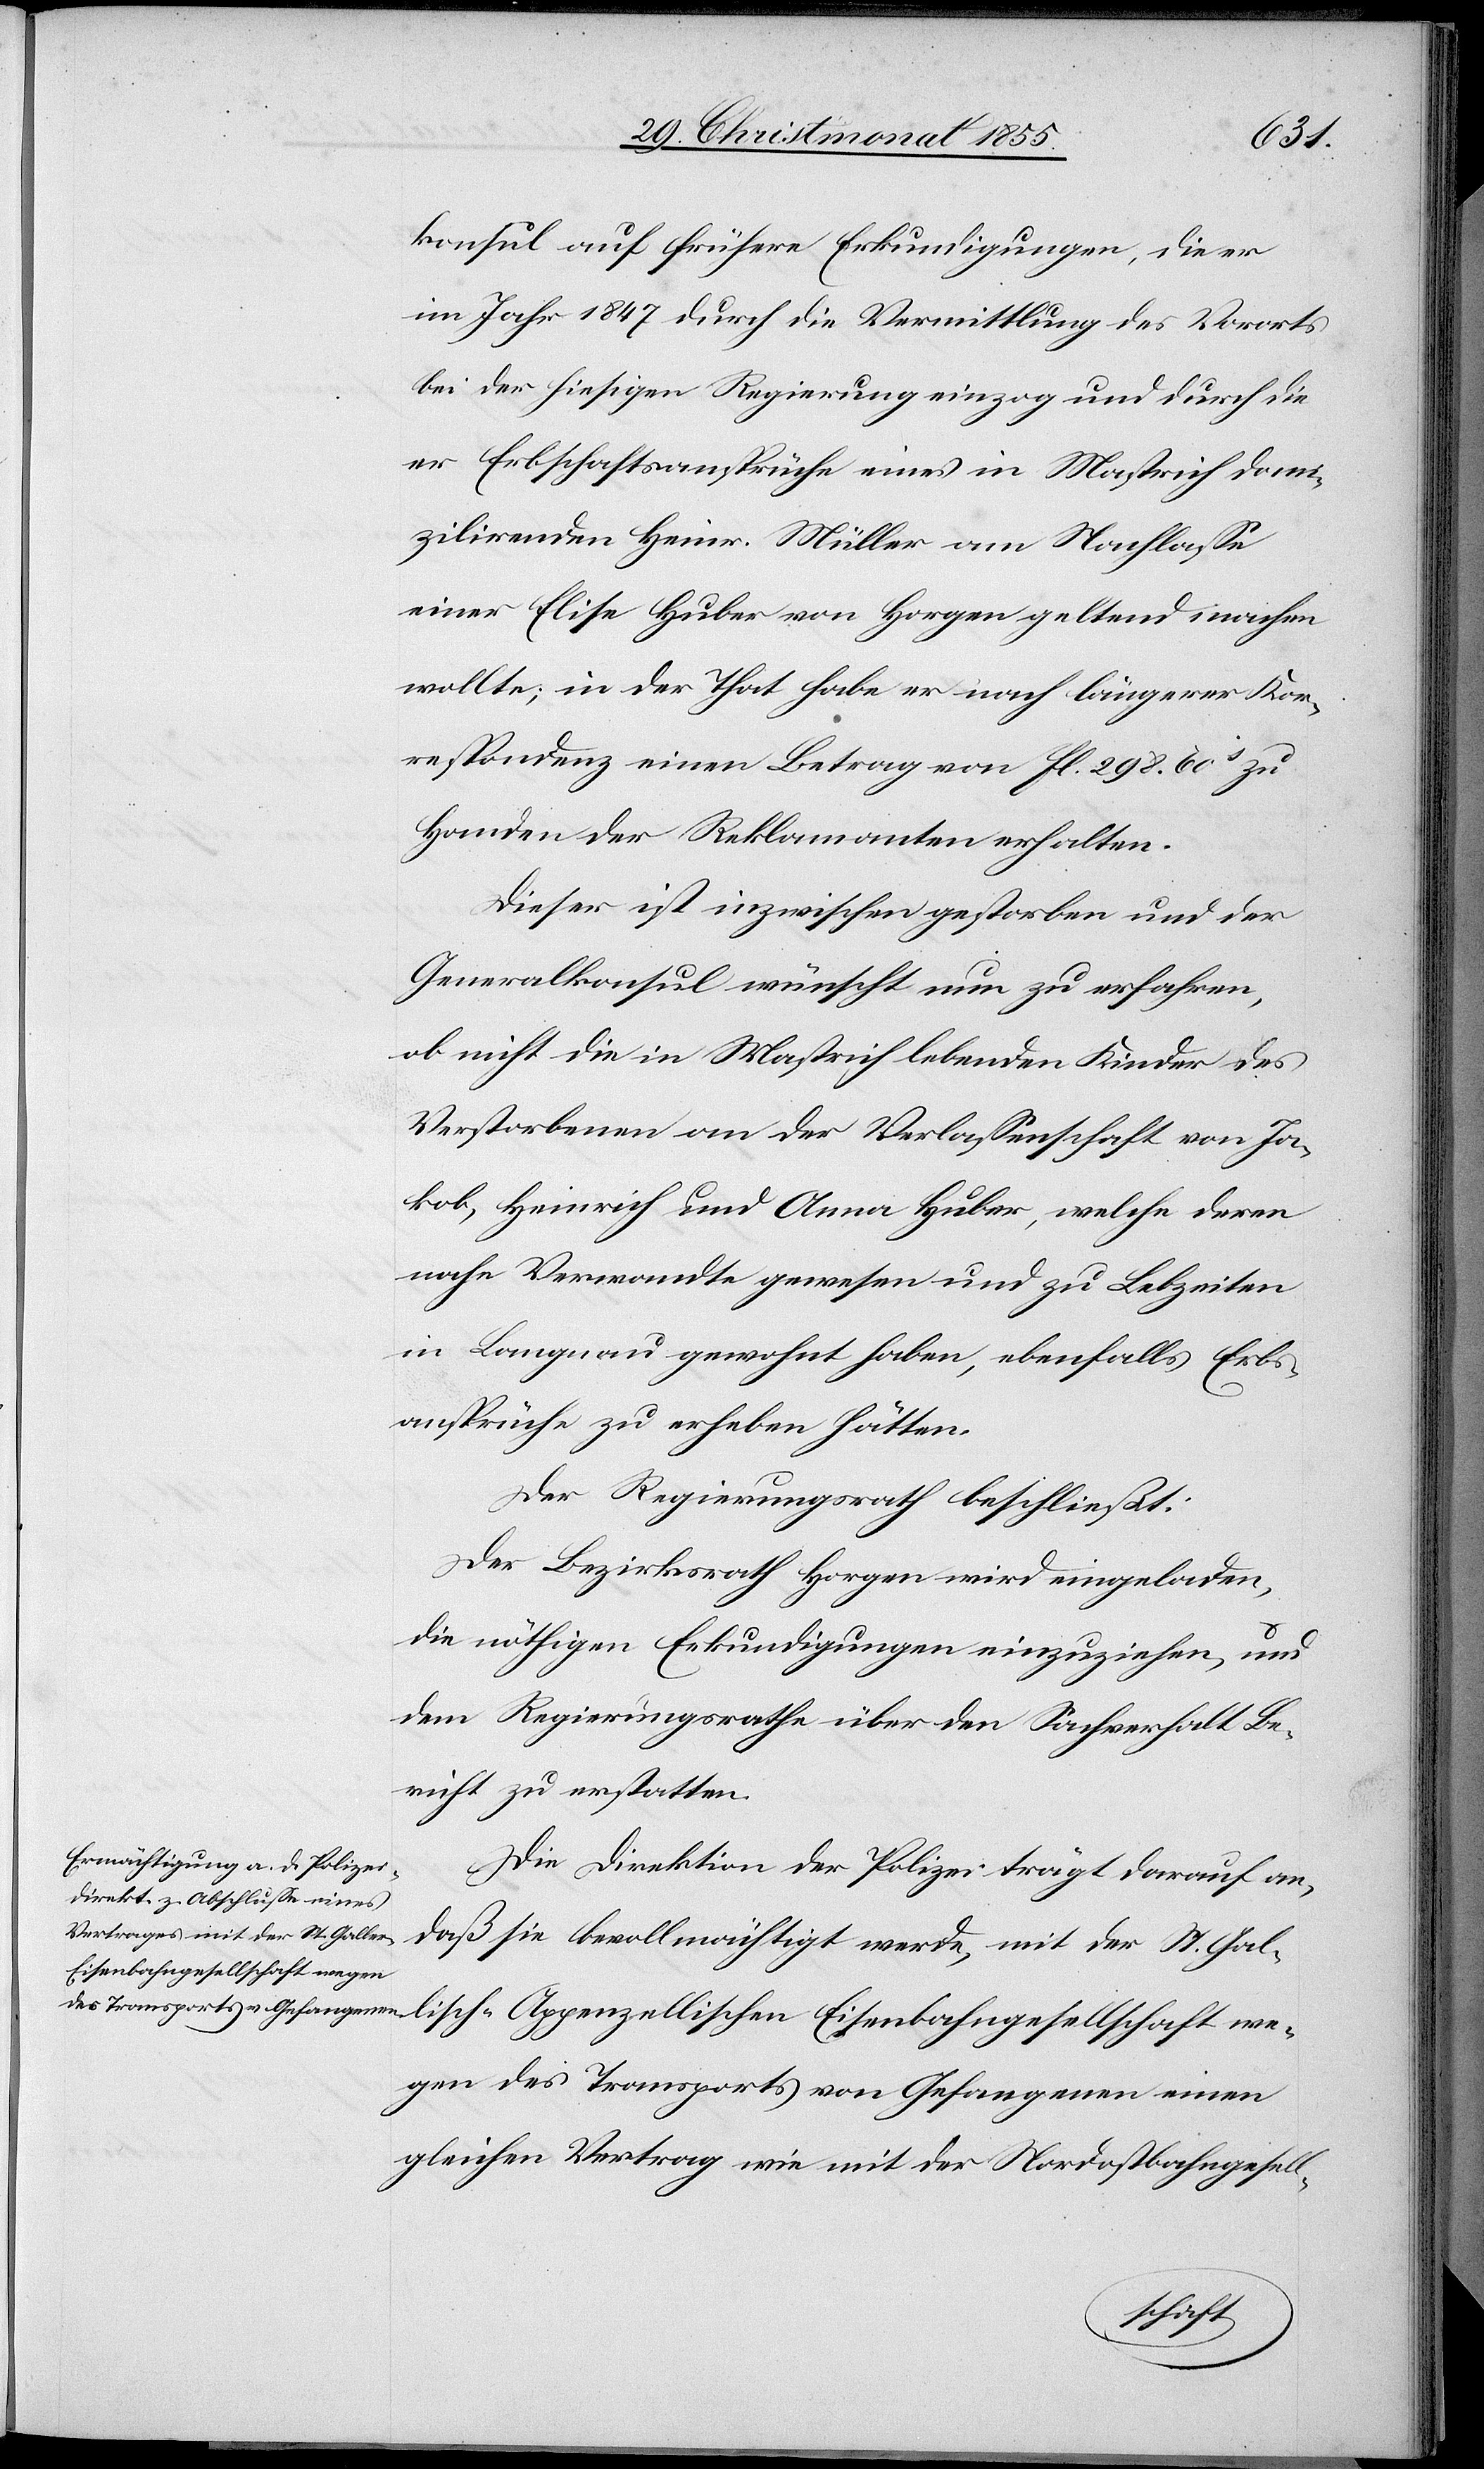
konsul auf frühere Erkundigungen, die er
im Jahr 1847 durch die Vermittlung des Vororts
bei der hiesigen Regierung einzog und durch die
er Erbschaftsansprüche eines in Mastrich domi¬
zilirenden Heinr. Müller am Nachlasse
einer Elise Huber von Horgen geltend machen
wollte; in der That habe er nach längerer Kor¬
respondenz einen Betrag von fl. 298. 60[?s] zu
Handen der Reklamanten erhalten.
Dieser ist inzwischen gestorben und der
Generalkonsul wünscht nun zu erfahren,
ob nicht die in Mastrich lebenden Kinder des
Verstorbenen an der Verlassenschaft von Ja¬
kob, Heinrich und Anna Huber, welche deren
nahe Verwandte gewesen und zu Lebzeiten
in Langnau gewohnt haben, ebenfalls Erbs¬
ansprüche zu erheben hätten.
Der Regierungsrath beschließt:
Der Bezirksrath Horgen wird eingeladen,
die nöthigen Erkundigungen einzuziehen, und
dem Regierungsrathe über den Sachverhalt Be¬
richt zu erstatten.
Die Direktion der Polizei trägt darauf an,
daß sie bevollmächtigt werde, mit der St. Gall¬
Eisenbahngesellschaft we¬
gen des Transports von Gefangenen einen
gleichen Vertrag wie mit der Nordostbahngesell-
ischen